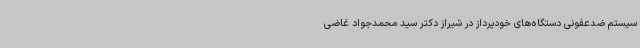
سیستم ضدعفونی دستگاه‌های خودپرداز در شیراز دکتر سید محمدجواد غاضی